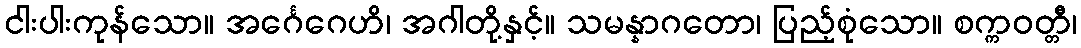
ငါးပါးကုန်သော။ အင်္ဂေဂေဟိ၊ အဂါတို့နှင့်။ သမန္နာဂတော၊ ပြည့်စုံသော။ စက္ကဝတ္တီ၊